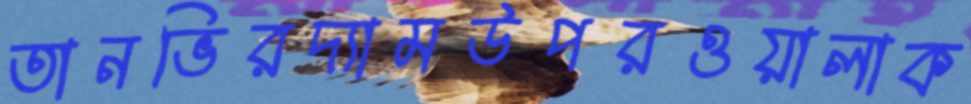
তানভিরদ্যামউপরওয়ালাক